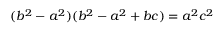
\ ( b ^ { 2 } - a ^ { 2 } ) ( b ^ { 2 } - a ^ { 2 } + b c ) = a ^ { 2 } c ^ { 2 }